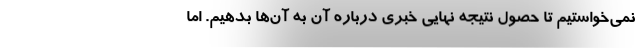
نمی‌خواستیم تا حصول نتیجه نهایی خبری درباره آن به آن‌ها بدهیم. اما